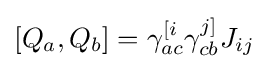
\left[Q_{a},Q_{b}\right]=\gamma _{ac}^{[i}\gamma _{cb}^{j]}J_{ij}